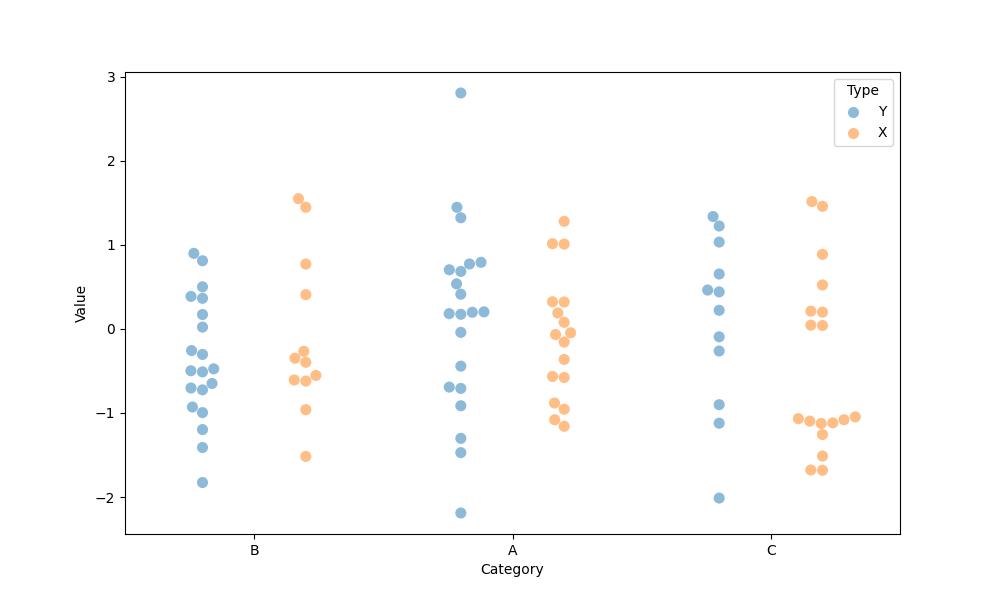
python, seaborn, swarmplot, dodge=True, alpha=0.5, size=8